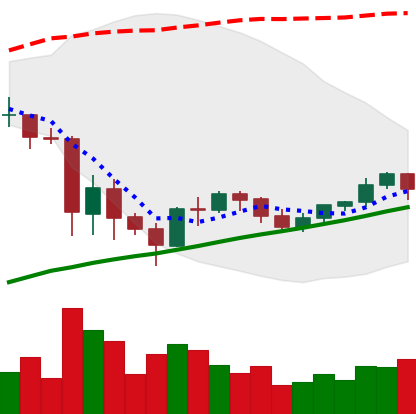
Ticker: BNB-USD
Chart end date: 2021-06-04
Forward return: -4.001%
Label: down_3_5